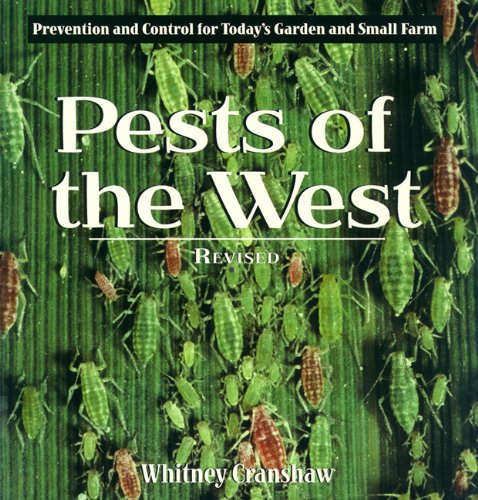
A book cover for Pests of the West, Revised: Prevention and Control for Today's Garden and Small Farm; Whitney Cranshaw; Crafts, Hobbies & Home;